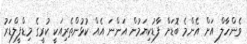
ވެންހާލް އަށް އެންމެ ބޮޑަށް ފާޑުކިޔަމުން އަންނަ އެއް ކުޅުންތެރިއަކީ ކުރީގެ މިޑްފީލްޑަރު